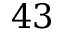
4 3